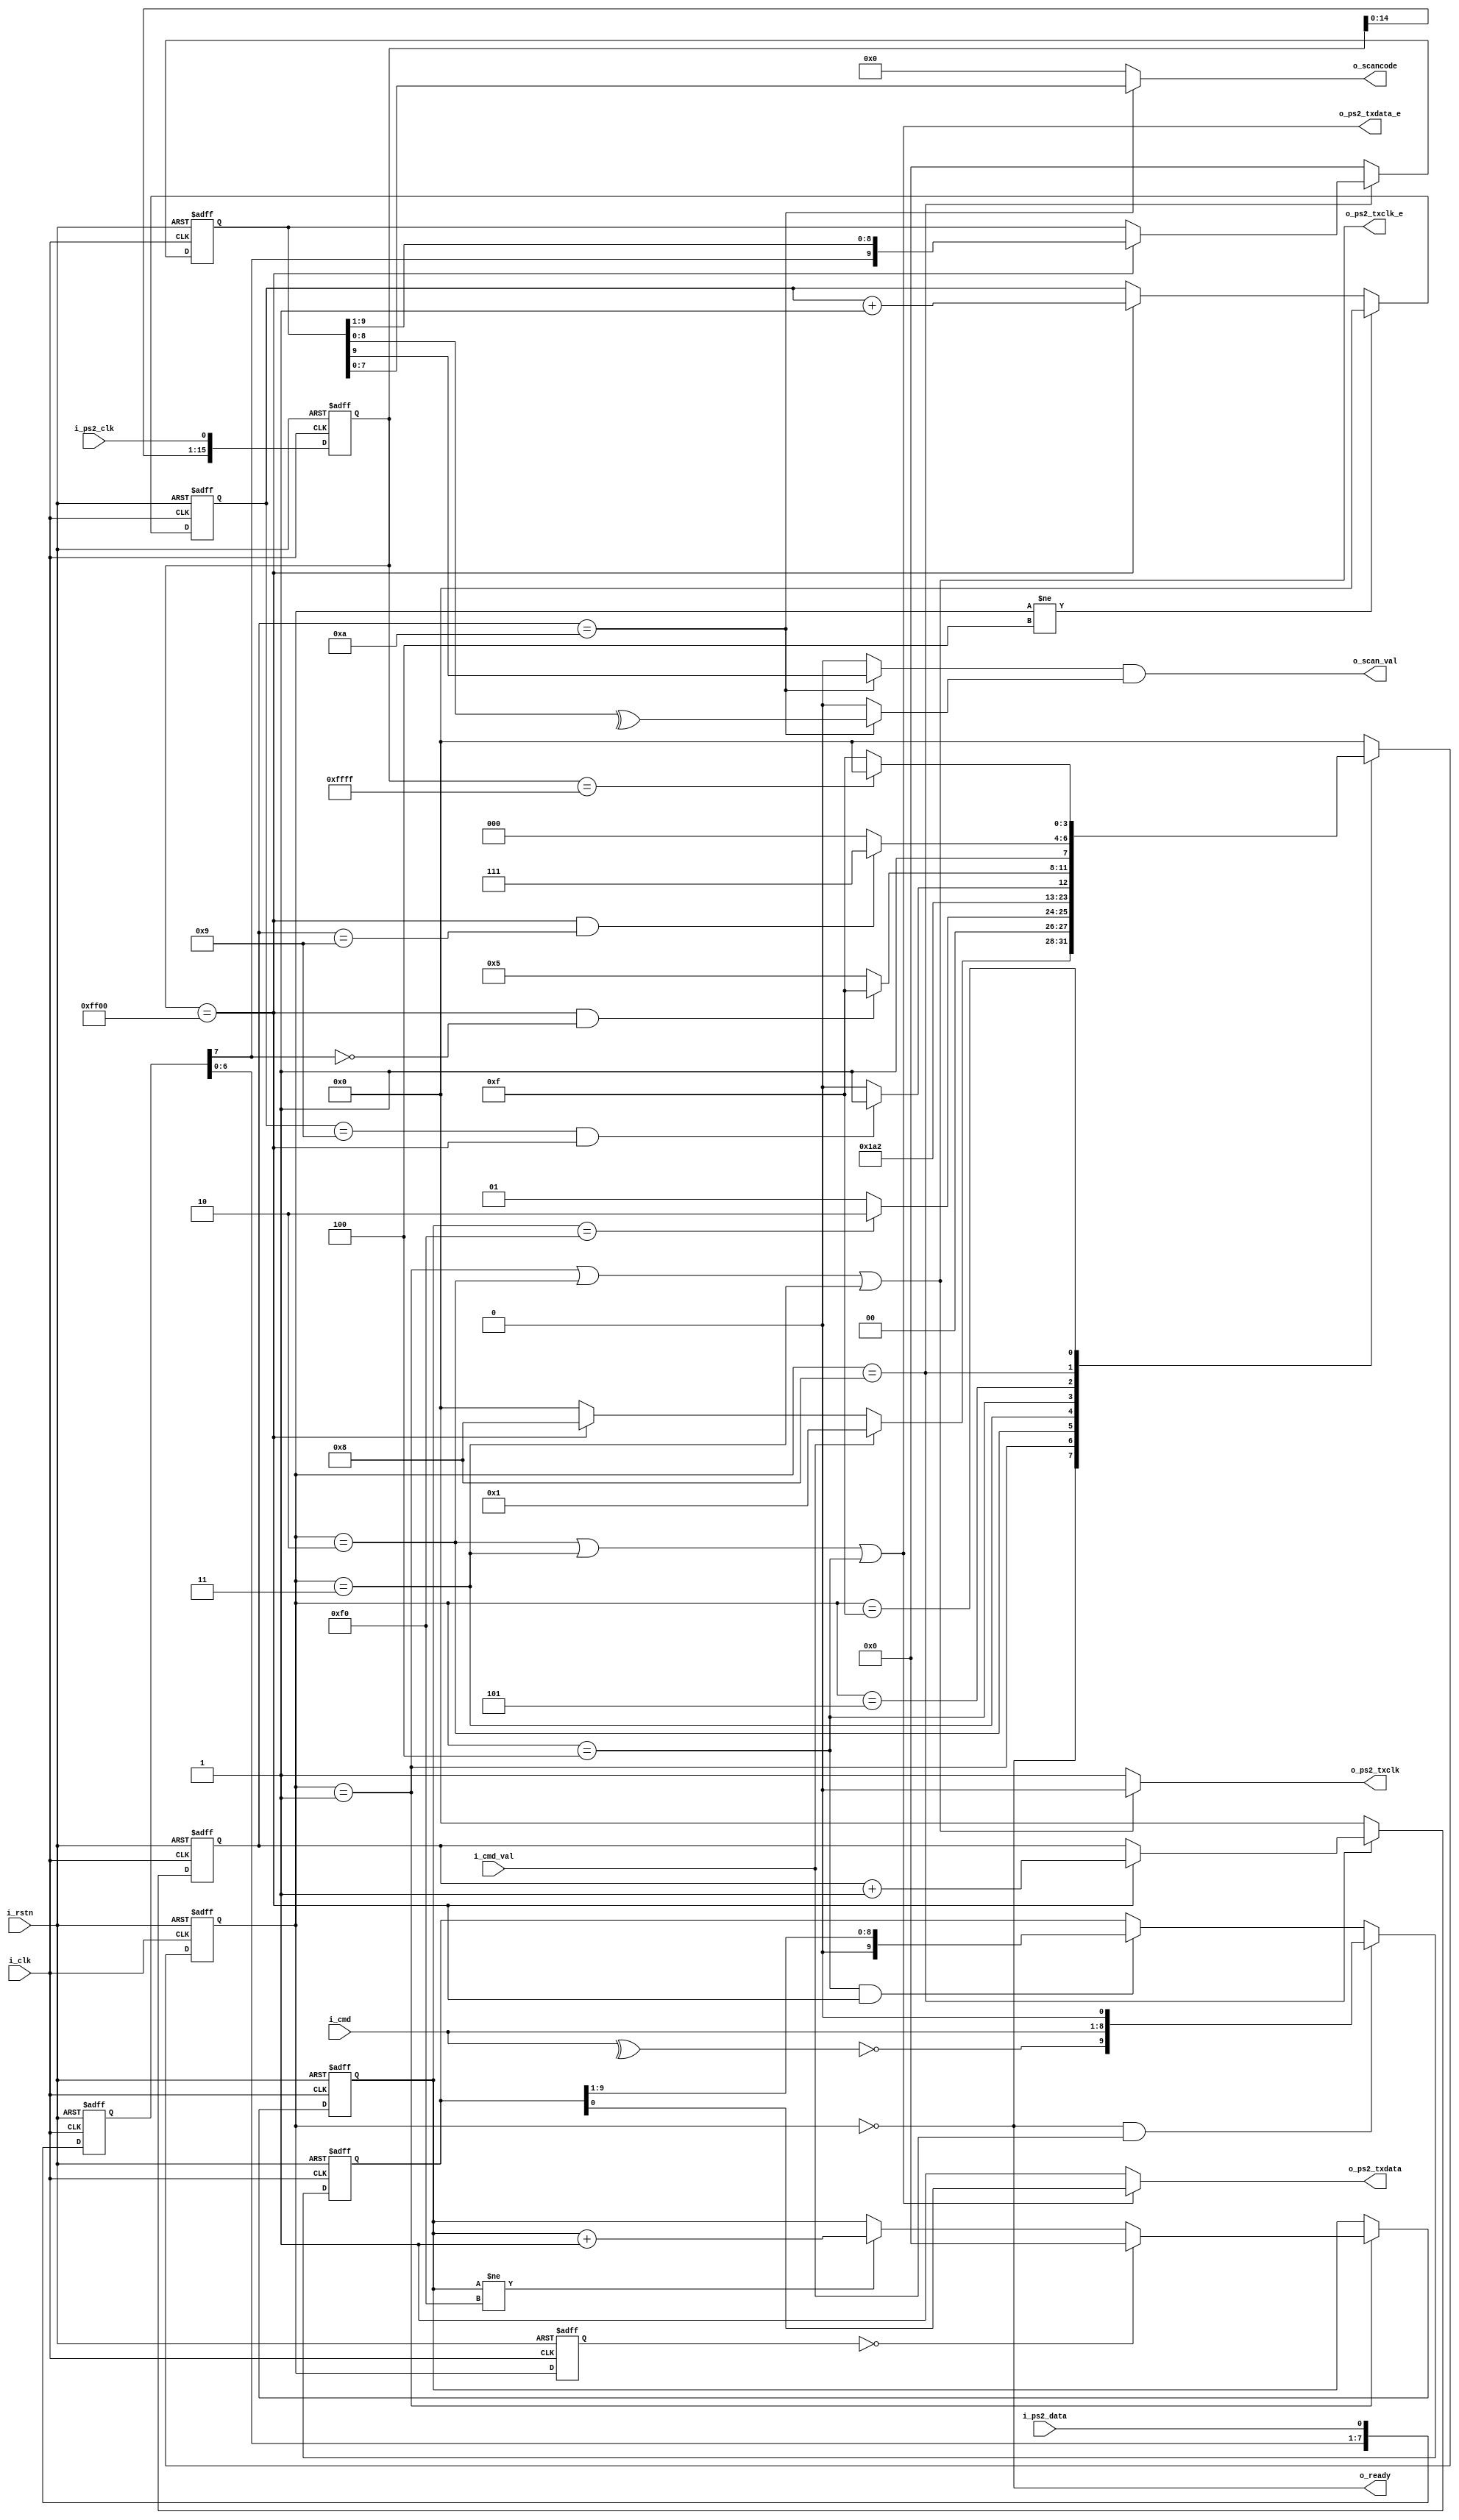
module ps2_tranceiver(
    input           i_clk           ,
    input           i_rstn          ,
    input           i_ps2_clk       ,
    input           i_ps2_data      ,
    output          o_ps2_txclk     ,
    output          o_ps2_txclk_e   ,
    output          o_ps2_txdata    ,
    output          o_ps2_txdata_e  ,
    input           i_cmd_val       ,
    input   [7:0]   i_cmd           ,
    output          o_scan_val      ,
    output  [7:0]   o_scancode      ,
    output          o_ready         
);


reg [15:0] r_clk_smpl;
reg [15:0] r_data_smpl;
wire       c_data_smpl;
reg [9:0]  r_scancode;
reg [3:0]  r_scancnt;

wire        c_start_ok;
wire        c_stop_ok;
wire        c_parity_ok;
wire        c_scan_ok;
wire[7:0]   c_scancode;

reg         [3:0]   r_laststate;
reg         [3:0]   r_state;
reg         [3:0]   c_nextstate;
parameter   [3:0]   STATE_IDLE      = 4'h0;
parameter   [3:0]   STATE_TXLOWCLK  = 4'h1;
parameter   [3:0]   STATE_TXLOWDATA = 4'h2;
parameter   [3:0]   STATE_TXRLSCLK  = 4'h3;
parameter   [3:0]   STATE_TXTRAN    = 4'h4;
parameter   [3:0]   STATE_TXACK     = 4'h5;
parameter   [3:0]   STATE_RXTRAN    = 4'h8;
parameter   [3:0]   STATE_WAITCLK1  = 4'hf;

reg     [9:0] r_clklow_cnt;
reg     [3:0] r_txcnt;

reg     [9:0] r_txdata;

always @ ( posedge i_clk or negedge i_rstn) begin
    if(~i_rstn) begin
    end
    else begin
    end
end

always @ ( posedge i_clk or negedge i_rstn) begin
    if(~i_rstn) begin
        r_clk_smpl <= 1'b1;
    end
    else begin
        r_clk_smpl[15:0] <= {r_clk_smpl[14:0], i_ps2_clk};
    end
end

always @ ( posedge i_clk or negedge i_rstn) begin
    if(~i_rstn) begin
        r_data_smpl <= 1'b1;
    end
    else begin
        r_data_smpl[15:0] <= {r_data_smpl[14:0], i_ps2_data};
    end
end
assign c_data_smpl = r_data_smpl[7];

//////////////////////////////////////////////////////////////////////
//////////////////////////////////////////////////////////////////////
/*
sm
*/
always @ ( * ) begin
    case (r_state)
    STATE_IDLE:
        if(i_cmd_val)
            c_nextstate = STATE_TXLOWCLK;
        else if(r_clk_smpl==16'hff00)
            c_nextstate = STATE_RXTRAN;
        else
            c_nextstate = STATE_IDLE;
    STATE_TXLOWCLK:
        if(r_clklow_cnt==10'd240)
            c_nextstate = STATE_TXLOWDATA;
        else
            c_nextstate = STATE_TXLOWCLK;
    STATE_TXLOWDATA:
        c_nextstate = STATE_TXRLSCLK;
    STATE_TXRLSCLK:
        c_nextstate = STATE_TXTRAN;
    STATE_TXTRAN:
        if(r_txcnt==4'h9 && r_clk_smpl==16'hff00)
            c_nextstate = STATE_TXACK;
        else
            c_nextstate = STATE_TXTRAN;
    STATE_TXACK:
        if(r_clk_smpl==16'hff00 && c_data_smpl==1'b0)
            c_nextstate = STATE_WAITCLK1;
        else
            c_nextstate = STATE_TXACK;
    STATE_RXTRAN:
        if(r_clk_smpl==16'hff00 && r_scancnt==4'h9)
            c_nextstate = STATE_WAITCLK1;
        else
            c_nextstate = STATE_RXTRAN;
    STATE_WAITCLK1:
        if(r_clk_smpl==16'hffff)
            c_nextstate = STATE_IDLE;
        else
            c_nextstate = STATE_WAITCLK1;
    default:
        c_nextstate = STATE_IDLE;
    endcase
end

always @ ( posedge i_clk or negedge i_rstn) begin
    if(~i_rstn) begin
        r_state <= STATE_IDLE;
        r_laststate <= STATE_IDLE;
    end
    else begin
        r_state <= c_nextstate;
        r_laststate <= r_state;
    end
end

//////////////////////////////////////////////////////////////////////
//////////////////////////////////////////////////////////////////////
/*
TX
*/
//clklow counter
always @ ( posedge i_clk or negedge i_rstn) begin
    if(~i_rstn) begin
        r_clklow_cnt <= 10'h0;
    end
    else begin
        if(r_state==STATE_TXLOWCLK) begin
            if(r_laststate==STATE_IDLE) begin
                r_clklow_cnt <= 10'h0;
            end
            else if(r_clklow_cnt!=10'd240) begin
                r_clklow_cnt <= r_clklow_cnt + 10'h1;
            end
        end
    end
end

always @ ( posedge i_clk or negedge i_rstn) begin
    if(~i_rstn) begin
        r_txcnt <= 4'h0;
    end
    else begin
        if(r_state!=STATE_TXTRAN) begin
            r_txcnt <= 4'h0;
        end
        else begin
            if(r_clk_smpl==16'hff00) begin
                r_txcnt <= r_txcnt + 4'h1;
            end
        end
    end
end

always @ ( posedge i_clk or negedge i_rstn) begin
    if(~i_rstn) begin
        r_txdata <= 10'h0;
    end
    else begin
        if(r_state==STATE_IDLE && i_cmd_val) begin
            r_txdata <= {~(^i_cmd), i_cmd, 1'b0};
        end
        else if (r_state==STATE_TXTRAN && r_clk_smpl==16'hff00) begin
            r_txdata <= {1'b0, r_txdata[9:1]};
        end
    end
end


//////////////////////////////////////////////////////////////////////
//////////////////////////////////////////////////////////////////////
/*
rx
*/

always @ (posedge i_clk or negedge i_rstn) begin
    if(~i_rstn) begin
        r_scancode <= 10'h0;
        r_scancnt <= 4'h0;
    end
    else begin
        if(r_state==STATE_RXTRAN) begin
            if(r_clk_smpl[15:0]==16'hff00) begin
                r_scancnt <= r_scancnt + 4'h1;
                r_scancode <= {c_data_smpl, r_scancode[9:1]};
            end
        end
        else begin
            r_scancnt <= 4'h0;
            r_scancode <= 10'h0;
        end
    end
end
//we can use r_scancode when r_scancnt == 11. the code is located in r_scancode[8:1]
//scancode verify:
assign c_stop_ok = r_scancnt==4'hA ? r_scancode[9] : 1'b0;
assign c_parity_ok = r_scancnt==4'hA ? ^r_scancode[8:0] : 1'b0;
assign c_scan_ok = c_stop_ok & c_parity_ok;
assign c_scancode = r_scancnt==4'hA ? r_scancode[7:0] : 8'h0;

//////////////////////////////////////////////////////////////////////
//////////////////////////////////////////////////////////////////////
/*
output
*/
assign o_ps2_txdata_e = (r_state==STATE_TXLOWDATA || r_state==STATE_TXRLSCLK || r_state==STATE_TXTRAN);
assign o_ps2_txdata = o_ps2_txdata_e ? r_txdata[0] : 1'b1;

assign o_ps2_txclk_e = (r_state==STATE_TXLOWCLK || r_state==STATE_TXLOWDATA || r_state==STATE_TXRLSCLK);
assign o_ps2_txclk = o_ps2_txclk_e ? 1'b0 : 1'b1;

assign o_ready = r_state==STATE_IDLE;
assign o_scan_val = c_scan_ok;
assign o_scancode = c_scancode;

endmodule